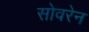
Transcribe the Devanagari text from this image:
सोवरेन